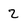
Character: 2